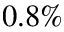
0 . 8 \%